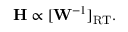
\mathbf { H } \propto [ \mathbf { W } ^ { - 1 } ] _ { \mathrm { R T } } .